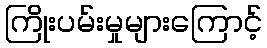
ကြိုးပမ်းမှုများကြောင့်